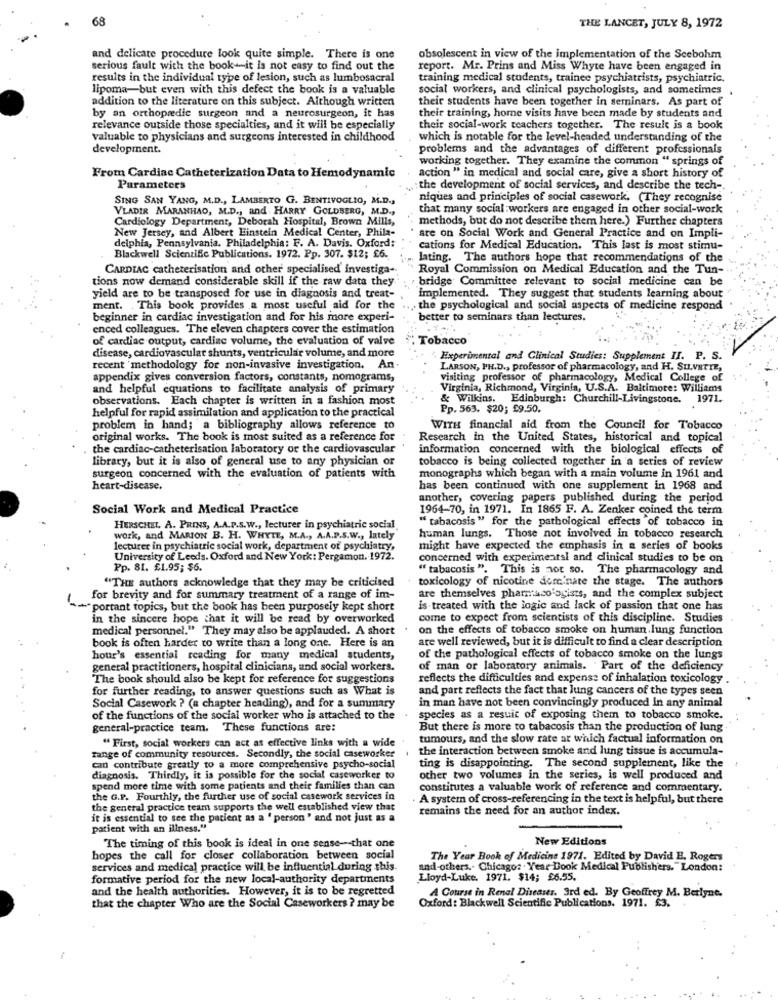
68
THE LANCET, JULY 8, 1972
and delicate procedure look quite simple. There is one
obsolescent in view of the implementation of the Seebohm
serious fault with the book -- it is not easy to find out the
report. Mr. Prins and Miss Whyte have been engaged in
results in the individual type of lesion, such as lumbosacral
training medical students, trainee psychiatrists, psychiatric.
lipoma-but even with this defect the book is a valuable
social workers, and clinical psychologists, and sometimes
addition to the literature on this subject. Although written
their students have been together in seminars. As part of
by an orthopaedic surgeon and a neurosurgeon, it has
their training, home visits have been made by students and
relevance outside those specialties, and it will be especially
their social-work teachers together. The result is a book
valuable to physicians and surgeons interested in childhood
which is notable for the level-headed understanding of the
development.
problems and the advantages of different professionals
working together. They examine the common " springs of
From Cardiac Catheterization Data to Hemodynamic
action " in medical and social care, give a short history of
Parameters
:the development of social services, and describe the tech-
SING SAN YANG, M.D ., LAMBERTO G. BENTIVOGLIO, M.D .,
niques and principles of social casework. (They recognise
VLADIR MARANHAO, M.D ., and HARRY GOLDBERG, M.D .,
that many social workers are engaged in other social-work
Cardiology Department, Deborah Hospital, Brown Mills,
methods, but do not describe them here.) Further chapters
New Jersey, and Albert Einstein Medical Center, Phila-
are on Social Work and General Practice and on Impli-
delphia, Pennsylvania. Philadelphia: F. A. Davis. Oxford:
cations for Medical Education. This last is most stimu-
Blackwell Scientific Publications. 1972. Pp. 307. $12; £6.
lating. The authors hope that recommendations of the
CARDIAC catheterisation and other specialised' investiga-
Royal Commission on Medical Education and the Tun-
tions now demand considerable skill if the raw data they
bridge Committee relevant to social medicine can be
yield are to be transposed for use in diagnosis and treat-
implemented. They suggest that students learning about
ment. This book provides a most useful aid for the .... the psychological and social aspects of medicine respond
beginner in cardiac investigation and for his more experi-
better to seminars than lectures.
enced colleagues. The eleven chapters cover the estimation
of cardiac output, cardiac volume, the evaluation of valve
Tobacco
disease, cardiovascular shunts, ventricular volume, and more
Experimental and Clinical Studies: Supplement II. P. S.
recent 'methodology for non-invasive investigation. An
LARSON, PH.D ., professor of pharmacology, and H. SuVETTE,
appendix gives conversion factors, constants, nomograms,
visiting professor of pharmacology, Medical College of
and helpful equations to facilitate analysis of primary
Virginia, Richmond, Virginia, U.S.A. Baltimore: Williams
observations. Each chapter is written in a fashion most
& Wilkins. Edinburgh: Churchill-Livingstone. 1971.
helpful for rapid assimilation and application to the practical
Pp. 563. $20; £9.50.
problem in hand; a bibliography allows reference to
WITH financial aid from the Council for Tobacco
original works. The book is most suited as a reference for
Research in the United States, historical and topical
the cardiac-catheterisation laboratory or the cardiovascular
information concerned with the biological effects of
library, but it is also of general use to any physician or
tobacco is being collected together in a series of review
surgeon concerned with the evaluation of patients with
monographs which began with a main volume in 1961 and
heart-disease.
has been continued with one supplement in 1968 and
another, covering papers published during the period
Social Work and Medical Practice
1964-70, in 1971. In 1865 F. A. Zenker coined the term
" tabacosis" for the pathological effects of tobacco in
HERSCHEL A. PRINS, A.A.P.S.W ., lecturer in psychiatric social
work, and MARION B. H. WHYTE, M.A ., A.A.P.S.W ., lately
human lungs. Those not involved in tobacco research
lecturer in psychiatric social work, department of psychiatry,
might have expected the emphasis in a series of books
University of Leeds. Oxford and New York: Pergamon. 1972.
concerned with experimental and clinical studies to be on
Pp. 81. £1.95; $6.
" tabacosis ". This is not so. The pharmacology and
"THE authors acknowledge that they may be criticised
toxicology of nicotine dominate the stage. The authors
for brevity and for summary treatment of a range of im-
are themselves pharmacologists, and the complex subject
""portant topics, but the book has been purposely kept short
is treated with the logic and lack of passion that one has
in the sincere hope that it will be read by overworked
come to expect from scientists of this discipline. Studies.
medical personnel." They may also be applauded. A short
on the effects of tobacco smoke on human lung function
book is often harder to write than a long one. Here is an
are well reviewed, but it is difficult to find a clear description
hour's essential reading for many medical students,
of the pathological effects of tobacco smoke on the lungs
general practitioners, hospital clinicians, and social workers.
of man or laboratory animals. Part of the deficiency
The book should also be kept for reference for suggestions
reflects the difficulties and expense of inhalation toxicology
for further reading, to answer questions such as What is
and part reflects the fact that lung cancers of the types seen
in man have not been convincingly produced in any animal
Social Casework ? (a chapter heading), and for a summary
of the functions of the social worker who is attached to the
species as a result of exposing them to tobacco smoke.
general-practice team. These functions are:
But there is more to tabacosis than the production of lung
" First, social workers can act as effective links with a wide
tumours, and the slow rate ar which factual information on
the interaction between smoke and lung tissue is accumula-
range of community resources. Secondly, the social caseworker
can contribute greatly to a more comprehensive psycho-social
ting is disappointing. The second supplement, like the
diagnosis. Thirdly, it is possible for the social caseworker to
other two volumes in the series, is well produced and
spend more time with some patients and their families than can
constitutes a valuable work of reference and commentary.
the G.P. Fourthly, the further use of social casework services in
. A system of cross-referencing in the text is helpful, but there
the general practice team supports the well established view that
remains the need for an author index.
it is essential to see the patient as a " person " and not just as a
patient with an illness."
New Editions
The timing of this book is ideal in one sense -- that one
hopes the call for closer collaboration between social
The Year Book of Medicine 1971. Edited by David E. Rogers
services and medical practice will be influential during this
and-others .. Chicagos . Year Book Medical Publishers."London:
formative period for the new local-authority departments
Lloyd-Luke. 1971. $14; £6.55.
and the health authorities. However, it is to be regretted
A Course in Renal Diseases. 3rd ed. By Geoffrey M. Betlyne.
that the chapter Who are the Social Caseworkers ? may be
Oxford: Blackwell Scientific Publications. 1971. $3.